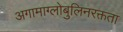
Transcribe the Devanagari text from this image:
अगामाग्लोबुलिनरक्तता